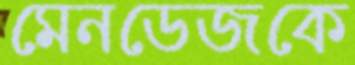
মেনডেজকে